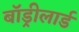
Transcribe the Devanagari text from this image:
बॉड्रीलार्ड